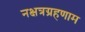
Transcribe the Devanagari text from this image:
नक्षत्रग्रहणाम